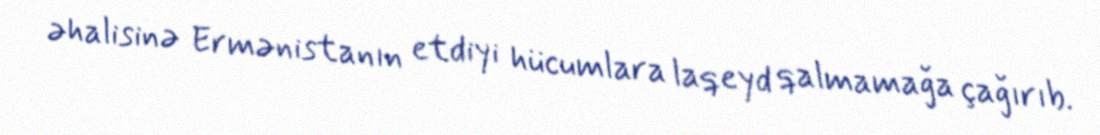
əhalisinə Ermənistanın etdiyi hücumlara laqeyd qalmamağa çağırıb.